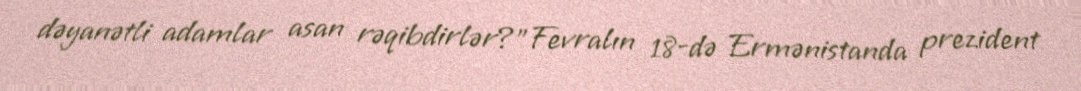
dəyanətli adamlar asan rəqibdirlər?”Fevralın 18-də Ermənistanda prezident